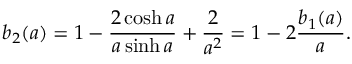
b _ { 2 } ( a ) = 1 - \frac { 2 \cosh a } { a \sinh a } + \frac { 2 } { a ^ { 2 } } = 1 - 2 \frac { b _ { 1 } ( a ) } a .